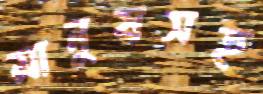
মানুষসহ